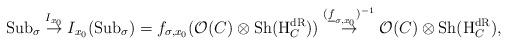
LaTeX: \begin{align*}\mathrm{Sub}_\sigma\stackrel{I_{x_0}}{\to}I_{x_0}(\mathrm{Sub}_\sigma)=f_{\sigma,x_0}(\mathcal O(C)\otimes \mathrm{Sh}(\mathrm H_C^{\mathrm{dR}}))\stackrel{(\underline{f}_{\sigma,x_0})^{-1}}{\to}\mathcal O(C)\otimes \mathrm{Sh}(\mathrm H_C^{\mathrm{dR}}), \end{align*}